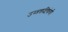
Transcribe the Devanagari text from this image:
उष्णकटिकंधी